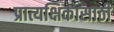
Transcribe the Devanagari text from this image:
प्रात्यक्षिकासाठी